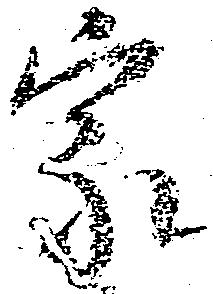
家